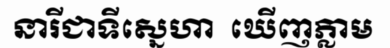
នារីជាទីស្នេហា  ឃើញភ្លាម